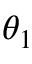
\theta _ { 1 }